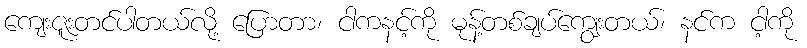
ကျေးဇူးတင်ပါတယ်လို့ ပြောတာ၊ ငါကနင့်ကို မုန့်တစ်ချပ်ကျွေးတယ်၊ နင်က ငါ့ကို